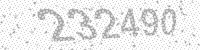
Solution: 232490